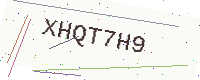
Text: XHQT7H9